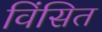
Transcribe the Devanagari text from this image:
विंसित